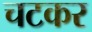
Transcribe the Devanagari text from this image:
चटकर